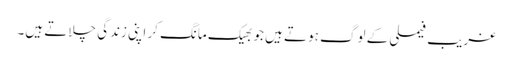
غریب فیملی کے لوگ ہوتے ہیں جو بھیک مانگ کر اپنی زندگی چلاتے ہیں۔